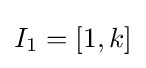
I_{1}=[1,k]